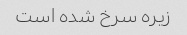
زیره سرخ شده است